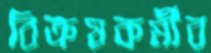
বিক্রয়কর্মীর